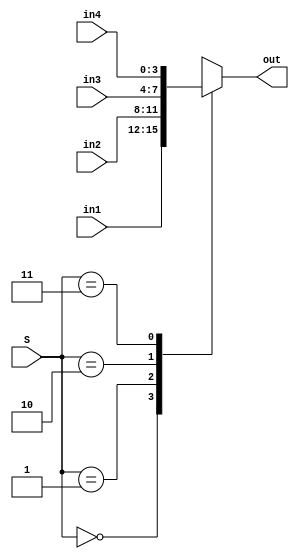
`timescale 1ns / 1ps
//////////////////////////////////////////////////////////////////////////////////
// Company: 
// Engineer: 
// 
// Design Name: 
// Module Name:    mux4x1 
// Project Name: 
// Target Devices: 
// Tool versions: 
// Description: 
//
// Dependencies: 
//
// Revision: 
// Revision 0.01 - File Created
// Additional Comments: 
//
//////////////////////////////////////////////////////////////////////////////////
module mux4x1(out,in1,in2,in3,in4,S);

output reg [3:0]out;
input [3:0]in1;
input [3:0]in2;
input [3:0]in3;
input [3:0]in4;
input [1:0]S;

always @(*)
begin
 case(S)
   2'b00: out=in1;
	2'b01: out=in2;
	2'b10: out=in3;
	2'b11: out=in4;
 endcase
end


endmodule